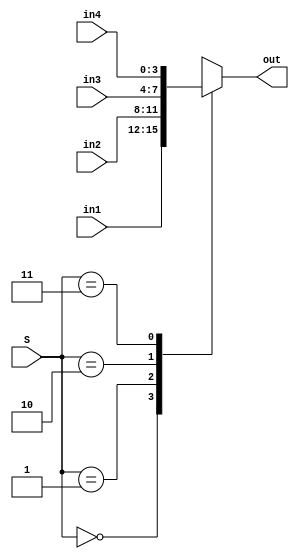
`timescale 1ns / 1ps
//////////////////////////////////////////////////////////////////////////////////
// Company: 
// Engineer: 
// 
// Design Name: 
// Module Name:    mux4x1 
// Project Name: 
// Target Devices: 
// Tool versions: 
// Description: 
//
// Dependencies: 
//
// Revision: 
// Revision 0.01 - File Created
// Additional Comments: 
//
//////////////////////////////////////////////////////////////////////////////////
module mux4x1(out,in1,in2,in3,in4,S);

output reg [3:0]out;
input [3:0]in1;
input [3:0]in2;
input [3:0]in3;
input [3:0]in4;
input [1:0]S;

always @(*)
begin
 case(S)
   2'b00: out=in1;
	2'b01: out=in2;
	2'b10: out=in3;
	2'b11: out=in4;
 endcase
end


endmodule